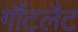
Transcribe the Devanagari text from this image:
गौंटलैट